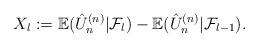
LaTeX: \begin{align*}X_{l} := \mathbb{E}(\hat{U}^{(n)}_n|{\cal F}_l) - \mathbb{E} (\hat{U}^{(n)}_n|{\cal F}_{l-1}).\end{align*}